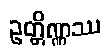
ဥတ္တိဏ္ဏဿ